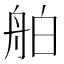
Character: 舶